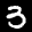
Label: 3